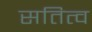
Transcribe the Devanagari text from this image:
सतित्व